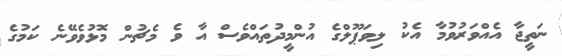
ނަތީޖާ އެއްވަރުވުމާ އެކު ލިވަޕޫލްގެ އުންމީދުތައްވެސް އާ ވެ މެޗުން މޮޅުވެވޭނެ ކަމުގެ